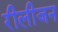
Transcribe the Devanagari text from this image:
रीलीजन